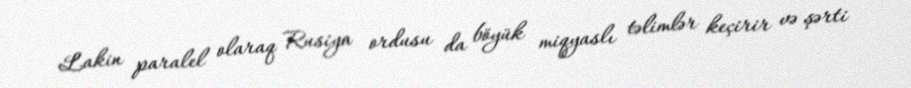
Lakin paralel olaraq Rusiya ordusu da böyük miqyaslı təlimlər keçirir və şərti